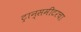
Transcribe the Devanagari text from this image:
ट्रान्समीटरचा